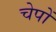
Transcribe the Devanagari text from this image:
चेपों